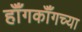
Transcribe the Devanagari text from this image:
हॉँगकॉँगच्या